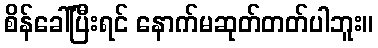
စိန်ခေါ်ပြီးရင် နောက်မဆုတ်တတ်ပါဘူး။